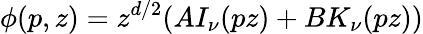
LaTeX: \phi(p,z)=z^{d/2}(AI_{\nu}(pz)+BK_{\nu}(pz))